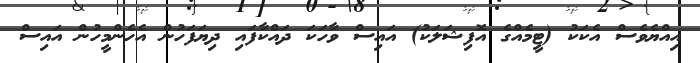
އިއްޔެވެސް އެކަކު (ޓީމެއްގެ އޮފިޝަލަކު) އައިސް ވާހަކަ ދައްކާފައި ދިޔަފަހުން އެހެންމީހުން އައިސް